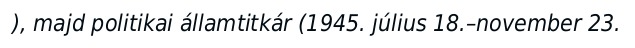
), majd politikai államtitkár (1945. július 18.–november 23.